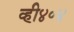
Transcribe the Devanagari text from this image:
व्ही४०४